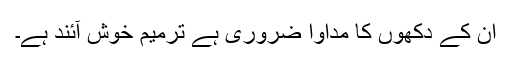
ان کے دکھوں کا مداوا ضروری ہے ترمیم خوش آئند ہے۔